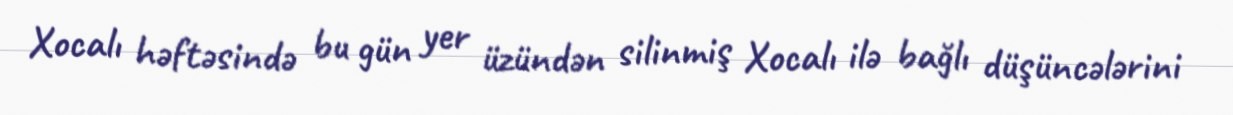
Xocalı həftəsində bu gün yer üzündən silinmiş Xocalı ilə bağlı düşüncələrini